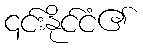
၎င်းနိုင်ငံ၏